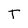
Character: T